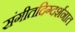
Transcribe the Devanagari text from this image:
संगीतदिग्दर्शनात